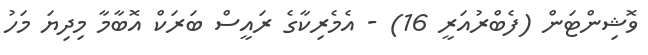
ވޮޝިންޓަން (ފެބްރުއަރީ 16) - އެމެރިކާގެ ރައީސް ބަރަކް އޮބާމާ މިދިޔަ މަހު